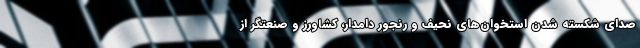
صدای شکسته شدن استخوان‌های نحیف و رنجور دامدار، کشاورز و صنعتگر از